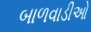
બાળવાડીઓ